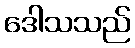
ဒေါသသည်